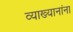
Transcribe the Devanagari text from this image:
व्याख्यानांना